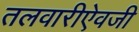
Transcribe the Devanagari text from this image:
तलवारीऐवजी